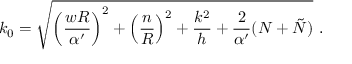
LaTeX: k _ { 0 } = \sqrt { \left( \frac { w R } { \alpha ^ { \prime } } \right) ^ { 2 } + \left( \frac { n } { R } \right) ^ { 2 } + \frac { k ^ { 2 } } { h } + \frac { 2 } { \alpha ^ { \prime } } ( N + \tilde { N } ) } ~ .